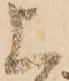
上